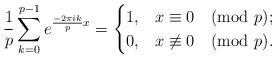
LaTeX: \begin{align*} \frac{1}{p}\sum^{p-1}_{k=0} e^{\frac{-2\pi ik}{p}x}= \begin{cases} 1, & x\equiv 0 \pmod p ;\\ 0, & x\not\equiv 0 \pmod p. \end{cases} \end{align*}